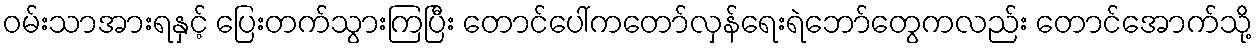
ဝမ်းသာအားရနှင့် ပြေးတက်သွားကြပြီး တောင်ပေါ်ကတော်လှန်ရေးရဲဘော်တွေကလည်း တောင်အောက်သို့